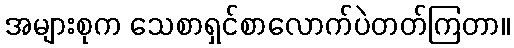
အများစုက သေစာရှင်စာလောက်ပဲတတ်ကြတာ။